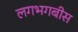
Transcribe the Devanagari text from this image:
लगभगबीस